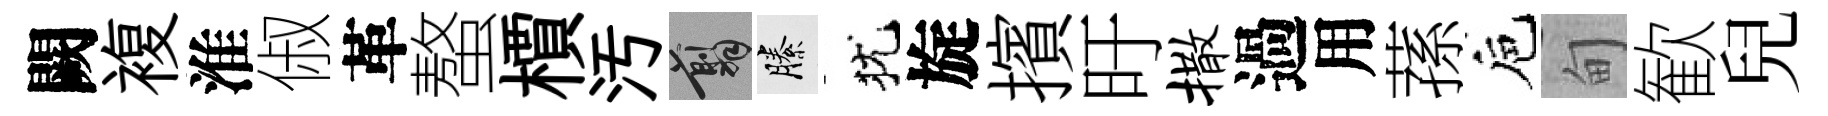
闕複淮俶革螯檟汚翦縢犹旋擯旴撒過用蓀巵甸歓兒